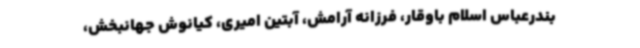
بندرعباس اسلام باوقار، فرزانه آرامش، آبتین امیری، کیانوش جهانبخش،